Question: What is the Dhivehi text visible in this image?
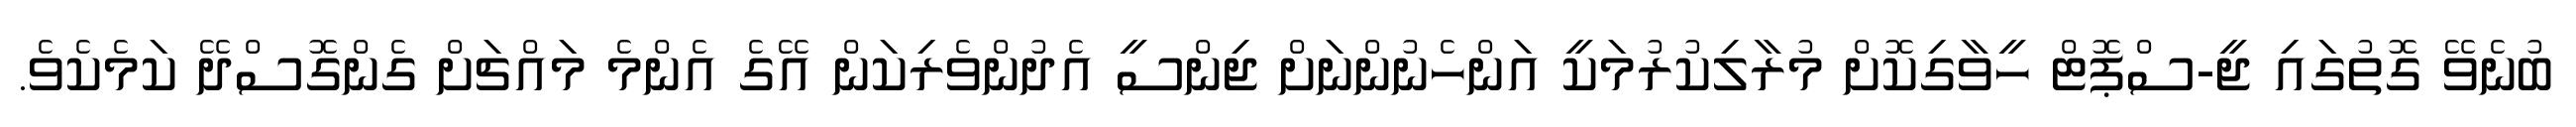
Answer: ބުނެވޭ ގޮތުގައި ޖީ-ސްޕޮޓް ހީވާގިކޮށް މުރާލިކުރުމަކީ އަންހެނުންނަށް ޖިންސީ އެދުންވެރިކަން އޭގެ އެންމެ މައްޗަށް ގެންގޮސްދޭ ކަމެކެވެ.